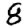
Digit: 8